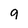
Character: 9